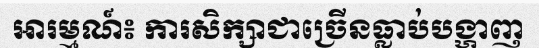
អារម្មណ៍៖ ការសិក្សាជាច្រើនធ្លាប់បង្ហាញ